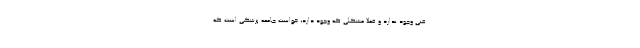
فنی وجود ندارد و فعلا مشکلی که وجود دارد، خواست جامعه پزشکی است که